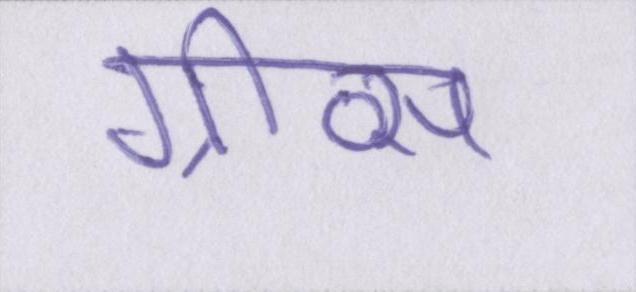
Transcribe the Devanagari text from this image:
ग्रीव्स